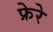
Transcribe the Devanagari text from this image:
फ्रेरे